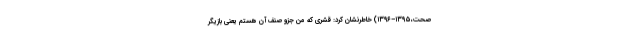
صحت،۱۳۹۵–۱۳۹۶) خاطرنشان کرد: قشری که من جزو صنف آن هستم یعنی بازیگر